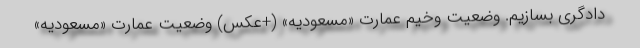
دادگری بسازیم. وضعیت وخیم عمارت «مسعودیه» (+عکس) وضعیت عمارت «مسعودیه»